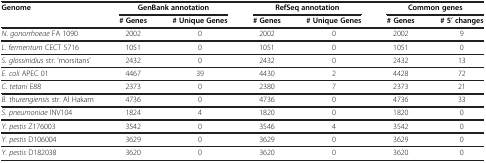
<table><thead><tr><td><b>Genome</b></td><td colspan="2"><b>GenBank annotation</b></td><td colspan="2"><b>RefSeq annotation</b></td><td colspan="2"><b>Common genes</b></td></tr><tr><td><b> </b></td><td><b># Genes</b></td><td><b># Unique Genes</b></td><td><b># Genes</b></td><td><b># Unique Genes</b></td><td><b># Genes</b></td><td><b># 5′ changes</b></td></tr></thead><tbody><tr><td><i>N. gonorrhoeae</i> FA 1090</td><td>2002</td><td>0</td><td>2002</td><td>0</td><td>2002</td><td>9</td></tr><tr><td><i>L. fermentum</i> CECT 5716</td><td>1051</td><td>0</td><td>1051</td><td>0</td><td>1051</td><td>0</td></tr><tr><td><i>S. glossinidius</i> str. ‘morsitans’</td><td>2432</td><td>0</td><td>2432</td><td>0</td><td>2432</td><td>13</td></tr><tr><td><i>E. coli</i> APEC 01</td><td>4467</td><td>39</td><td>4430</td><td>2</td><td>4428</td><td>72</td></tr><tr><td><i>C. tetani</i> E88</td><td>2373</td><td>0</td><td>2380</td><td>7</td><td>2373</td><td>21</td></tr><tr><td><i>B. thurengiensis</i> str. Al Hakam</td><td>4736</td><td>0</td><td>4736</td><td>0</td><td>4736</td><td>33</td></tr><tr><td><i>S. pneumoniae</i> INV104</td><td>1824</td><td>4</td><td>1820</td><td>0</td><td>1820</td><td>0</td></tr><tr><td><i>Y. pestis</i> Z176003</td><td>3542</td><td>0</td><td>3546</td><td>4</td><td>3542</td><td>0</td></tr><tr><td><i>Y. pestis</i> D106004</td><td>3629</td><td>0</td><td>3629</td><td>0</td><td>3629</td><td>0</td></tr><tr><td><i>Y. pestis</i> D182038</td><td>3620</td><td>0</td><td>3620</td><td>0</td><td>3620</td><td>0</td></tr></tbody></table>